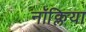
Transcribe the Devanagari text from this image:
नॉक्लिया